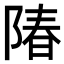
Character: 𬯌